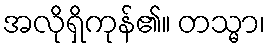
အလိုရှိကုန်၏။ တသ္မာ၊